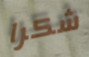
شكرا